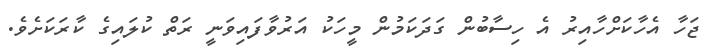
ޖަހާ އެހާކަށްހާއިރު އެ ހިސާބުން ގަދަކަމުން މީހަކު އަރުވާފައިވަނީ ރަތް ކުލައިގެ ކާރަކަށެވެ.